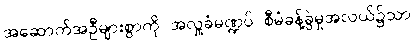
အဆောက်အဦများစွာကို အလှူခံမဏ္ဍပ် စီမံခန့်ခွဲမှုအလယ်၌သာ